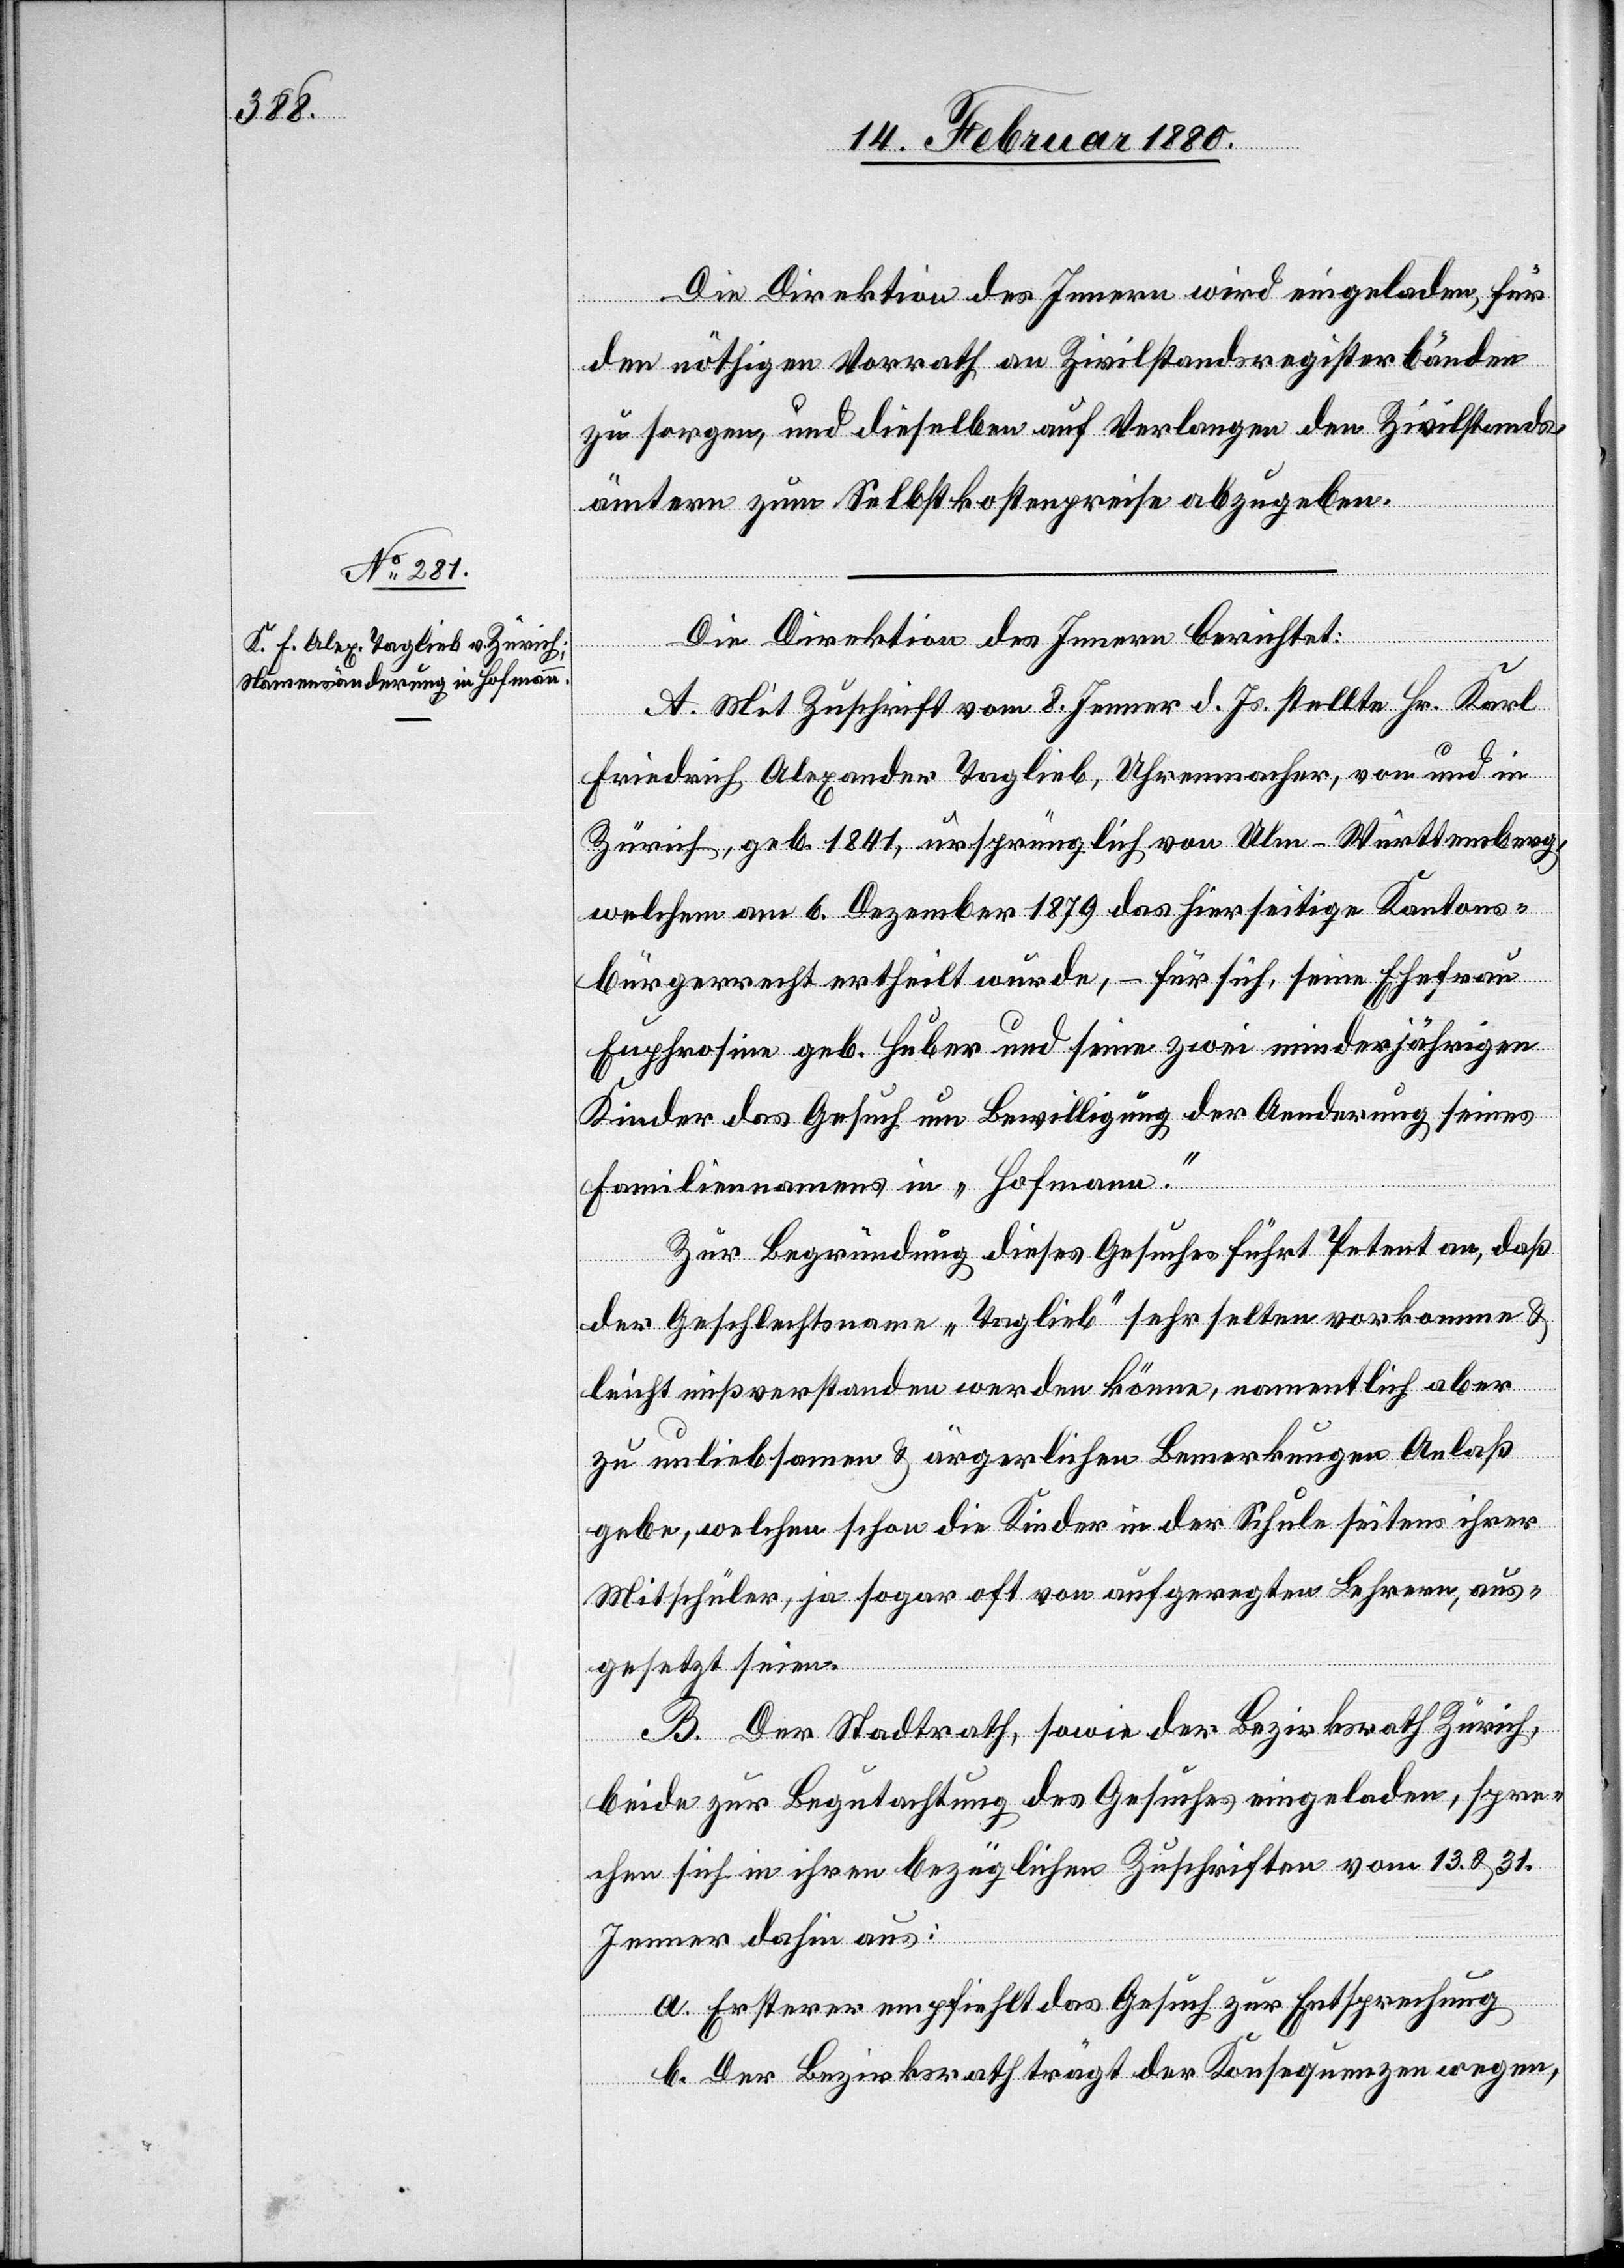
Die Direktion des Innern wird eingeladen, für
den nöthigen Vorrath an Zivilstandsregisterbändern
zu sorgen, und dieselben auf Verlangen den Zivilstands¬
ämtern zum Selbstkostenpreise abzugeben.
Die Direktion des Innern berichtet:
A. Mit Zuschrift vom 8. Jenner d. Js. stellte Hr. Karl
Friedrich Alexander Taglieb, Uhrmacher, von und in
Zürich, geb. 1841, ursprünglich von Ulm - Württemberg,
welchem am 6. Dezember 1879 das hierseitige Kantons¬
bürgerrecht ertheilt wurde, – für sich, seine Ehefrau
Euphrosine geb. Huber und seine zwei minderjährigen
Kinder das Gesuch um Bewilligung der Aenderung seines
Familiennamens in „Hofmann“.
Zur Begründung dieses Gesuches führt Petent an, daß
der Geschlechtsname „Taglieb“ sehr selten vorkomme &
leicht mißverstanden werden könne, namentlich aber
zu unliebsamen & ärgerlichen Bemerkungen Anlaß
gebe, welchen schon die Kinder in der Schule seitens ihrer
Mitschüler, ja sogar oft von aufgeregten Lehrern, aus¬
gesetzt seien.
B. Der Stadtrath, sowie der Bezirksrath Zürich,
beide zur Begutachtung des Gesuches eingeladen, spre¬
chen sich in ihren bezüglichen Zuschriften vom 13. & 31.
Jenner dahin aus:
a. Ersterer empfiehlt das Gesuch zur Entsprechung.
b. Der Bezirksrath trägt der Konsequenzen wegen,